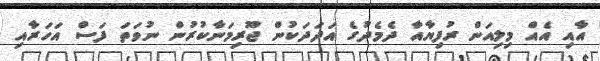
އާއި އެއް މިލިއަން ރުފިޔާއާ ދެމެދުގެ އަދަދަކުން ޖޫރިމަނާކުރުން ނުވަތަ ފަސް އަހަރާއި